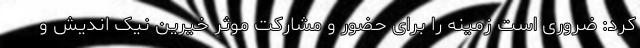
کرد: ضروری است زمینه را برای حضور و مشارکت موثر خیّرین نیک اندیش و